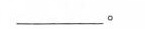
_______。